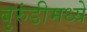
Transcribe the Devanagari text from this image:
बुरुंडीमध्ये